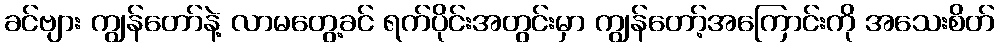
ခင်ဗျား ကျွန်တော်နဲ့ လာမတွေ့ခင် ရက်ပိုင်းအတွင်းမှာ ကျွန်တော့်အကြောင်းကို အသေးစိတ်